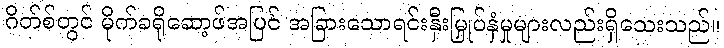
ဂိတ်စ်တွင် မိုက်ခရိုဆော့ဖ်အပြင် အခြားသောရင်းနှီးမြှုပ်နှံမှုများလည်းရှိသေးသည်။